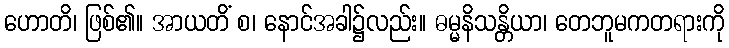
ဟောတိ၊ ဖြစ်၏။ အာယတိံ စ၊ နောင်အခါ၌လည်း။ ဓမ္မနိသန္တိယာ၊ တေဘူမကတရားကို